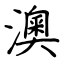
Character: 澳